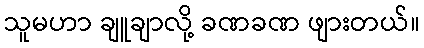
သူမဟာ ချူချာလို့ ခဏခဏ ဖျားတယ်။